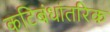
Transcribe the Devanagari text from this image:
कटिबंधांतरिक